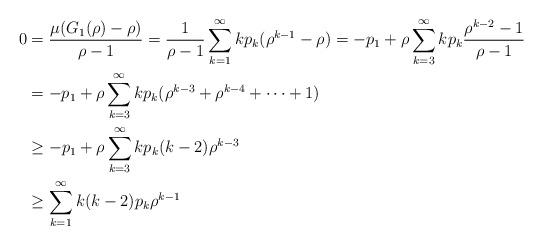
LaTeX: \begin{align*}0 & = \frac{\mu(G_1(\rho)-\rho)}{\rho-1} = \frac{1}{\rho-1} \sum_{k=1}^\infty kp_k (\rho^{k-1}-\rho) = -p_1 + \rho \sum_{k=3}^\infty kp_k \frac{\rho^{k-2}-1}{\rho-1} \\& = -p_1 + \rho \sum_{k=3}^\infty kp_k (\rho^{k-3}+\rho^{k-4}+\dotsb+1) \\& \ge -p_1 + \rho \sum_{k=3}^\infty kp_k (k-2)\rho^{k-3} \\& \ge \sum_{k=1}^\infty k(k-2)p_k\rho^{k-1}\end{align*}